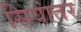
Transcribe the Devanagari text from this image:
सियांतर